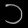
Digit: ၁